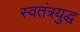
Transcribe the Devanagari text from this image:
स्वतंत्रयुद्ध